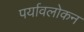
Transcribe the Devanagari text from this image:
पर्यावलोकन